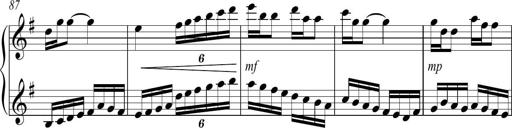
Title: Sonatina no. 2
Composer: Brian Henderson-Sellers
Key: G major